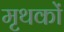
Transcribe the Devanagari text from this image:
मृथकों